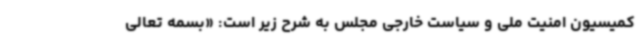
کمیسیون امنیت ملی و سیاست خارجی مجلس به شرح زیر است: «بسمه تعالی